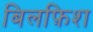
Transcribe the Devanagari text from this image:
बिलफ़िश